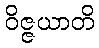
ဝိဇ္ဇယာတိ